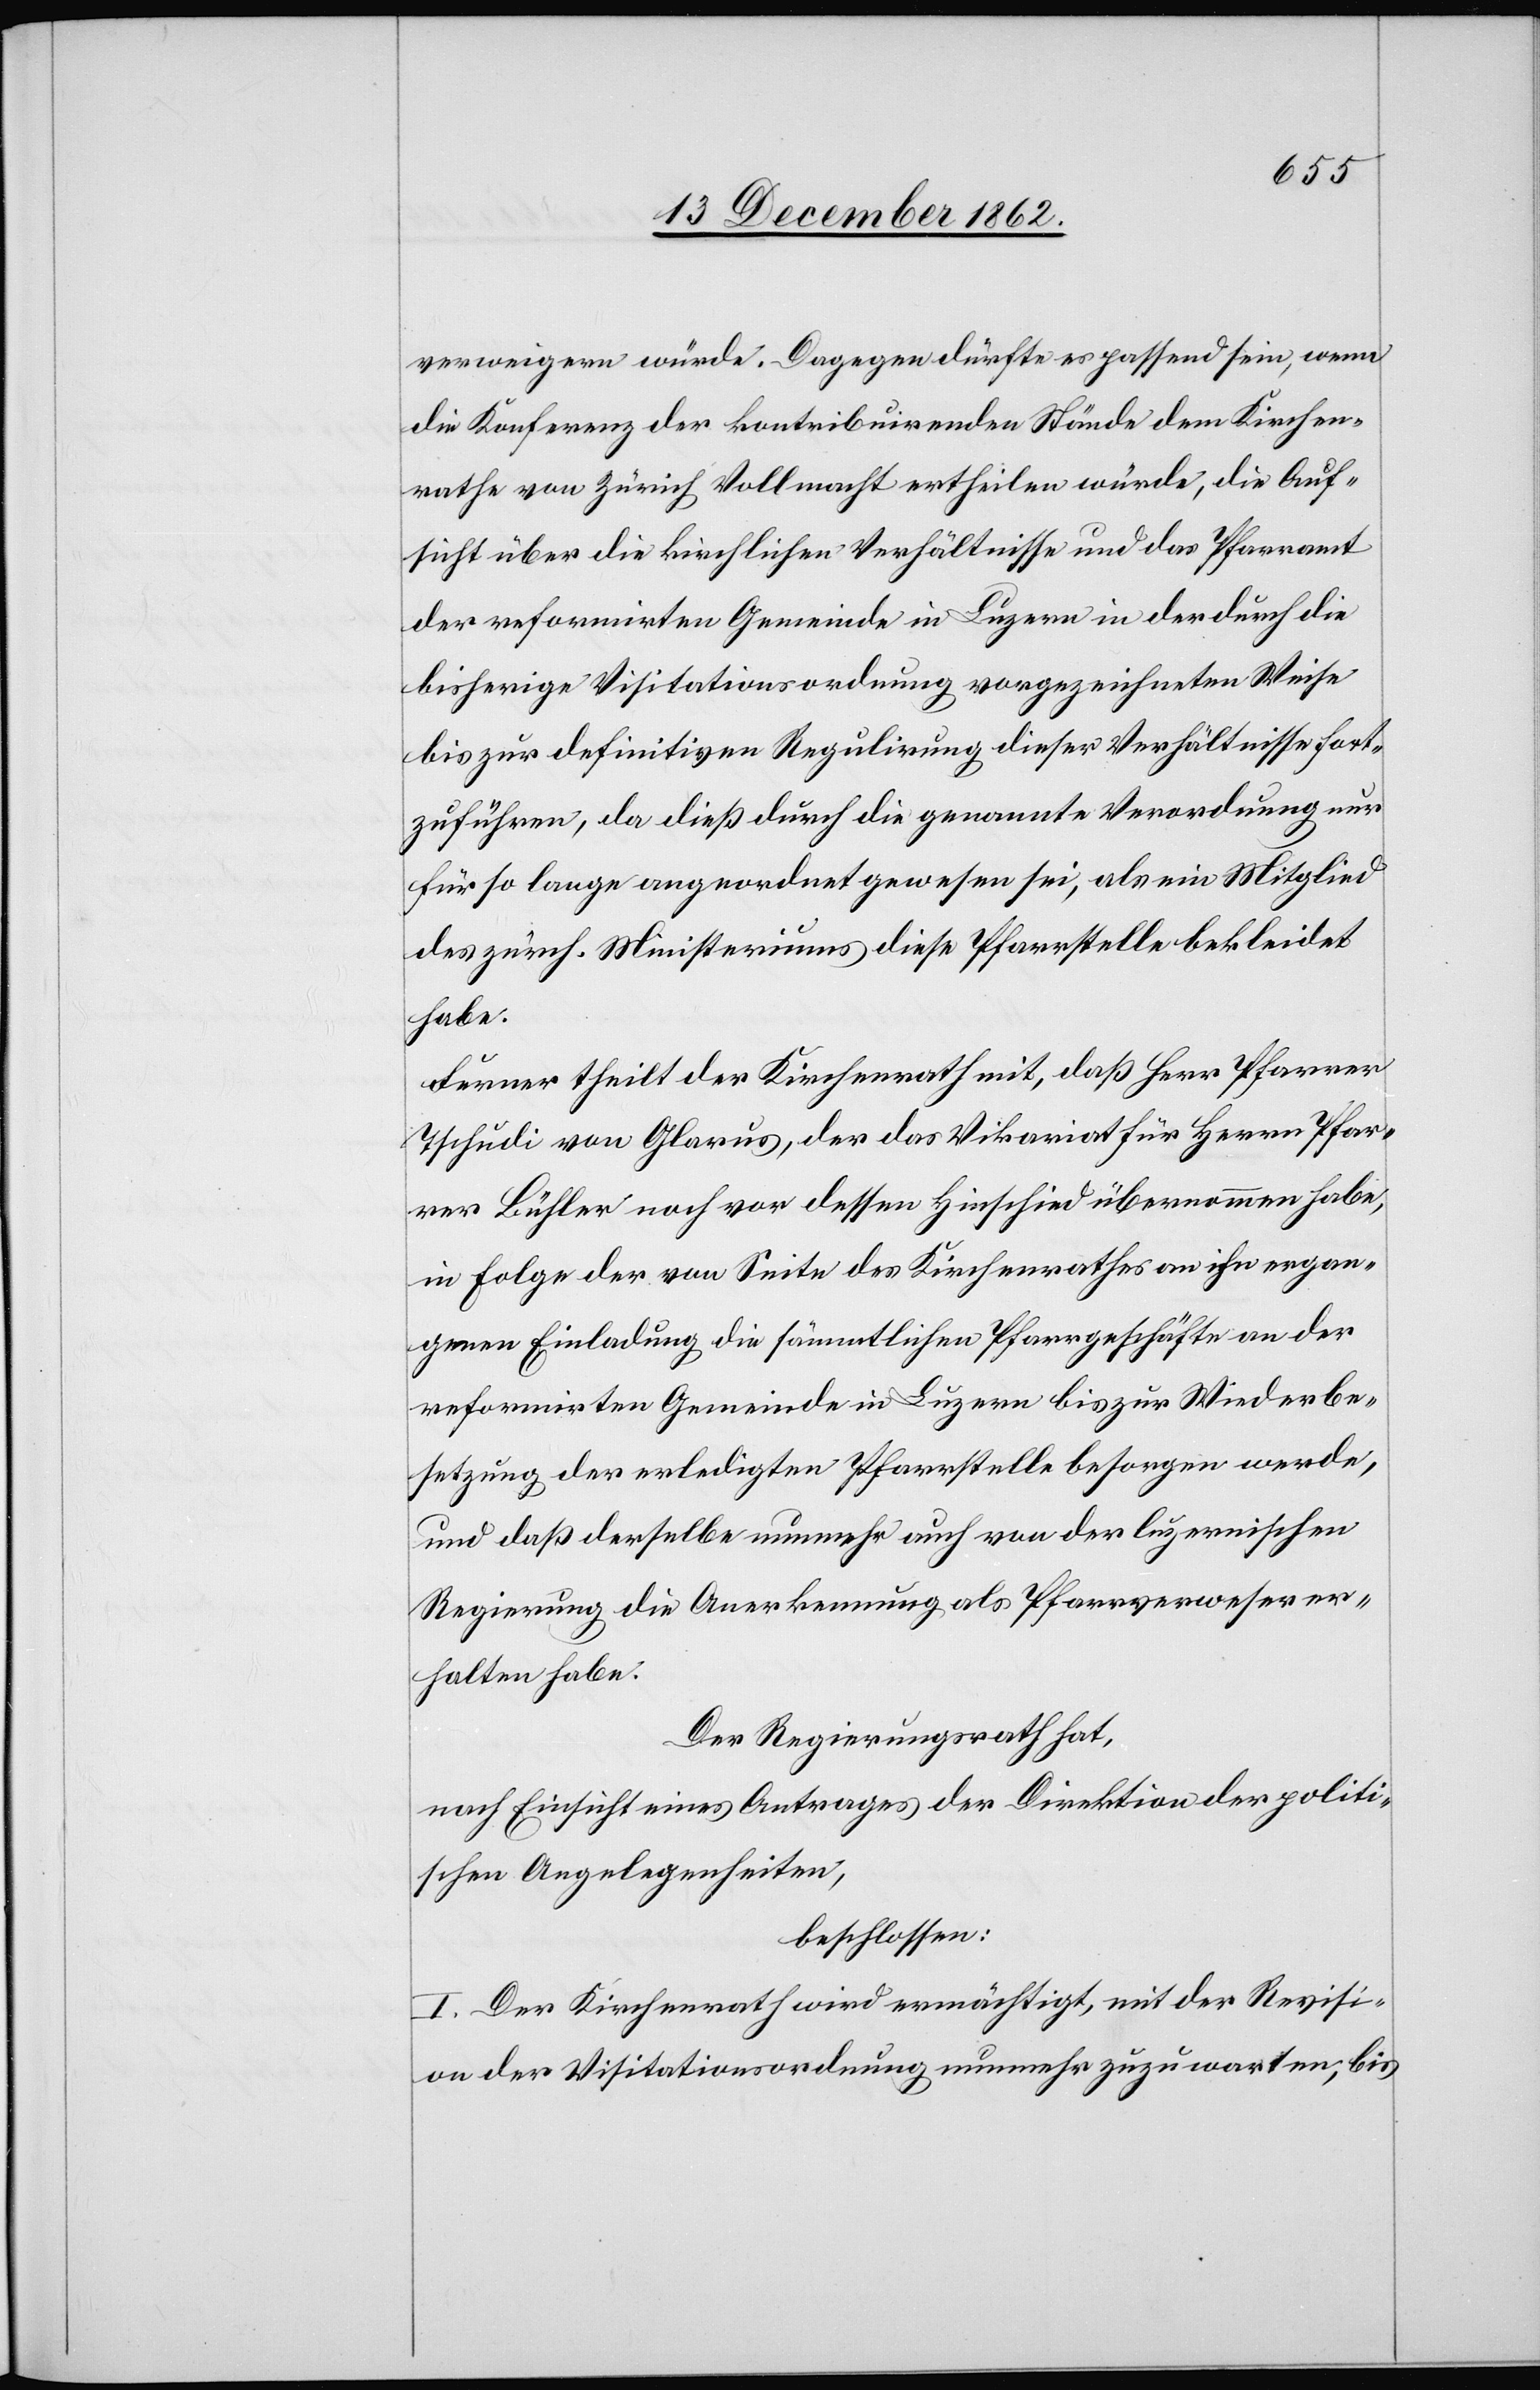
verweigern würde. Dagegen dürfte es passend sein, wenn
die Konferenz der kontribuirenden Stände dem Kirchen¬
rathe von Zürich Vollmacht ertheilen würde, die Auf¬
sicht über die kirchlichen Verhältnisse und das Pfarramt
der reformirten Gemeinde in Luzern in der durch die
bisherige Visitationsordnung vorgezeichneten Weise
bis zur definitiven Regulirung dieser Verhältnisse fort¬
zuführen, da dieß durch die genannte Verordnung nur
für so lange angeordnet gewesen sei, als ein Mitglied
des zürch. Ministeriums diese Pfarrstelle bekleidet
habe.
Ferner theilt der Kirchenrath mit, daß Herr Pfarrer
Tschudi von Glarus, der das Vikariat für Herrn Pfar¬
rer Bühler noch vor dessen Hinschied übernommen habe,
in Folge der von Seite des Kirchenrathes an ihn ergan¬
genen Einladung die sämmtlichen Pfarrgeschäfte an der
reformirten Gemeinde in Luzern bis zur Wiederbe¬
setzung der erledigten Pfarrstelle besorgen werde,
und daß derselbe nunmehr auch von der luzernischen
Regierung die Anerkennung als Pfarrverweser er¬
halten habe.
Der Regierungsrath hat,
nach Einsicht eines Antrages der Direktion der politi¬
schen Angelegenheiten,
beschlossen:
I. Der Kirchenrath wird ermächtigt, mit der Revisi¬
on der Visitationsordnung nunmehr zuzuwarten, bis